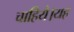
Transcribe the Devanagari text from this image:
चाहिये।यह